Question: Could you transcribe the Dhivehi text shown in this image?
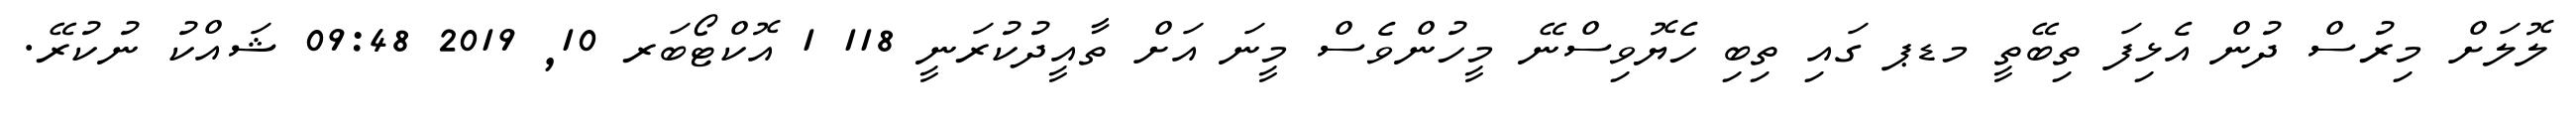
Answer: ލޮލަށް މިރުސް ދުން އެޅިފަ ތިބޭތީ މޑޕ ގައި ތިބި ހެޔޮވިސްނޭ މީހުންވެސް މީނަ އަށް ތާއީދުކުރަނީ 118 1 އޮކްޓޯބަރ 10, 2019 09:48 ޝައްކު ނުކުރޭ.